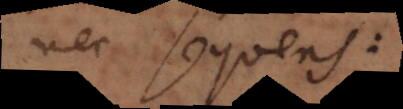
nec sequens: